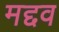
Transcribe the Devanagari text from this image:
मद्दव